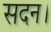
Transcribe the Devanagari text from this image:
सदन।